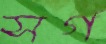
সর্গ